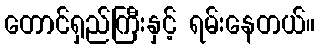
တောင်ရှည်ကြီးနှင့် ရမ်းနေတယ်။